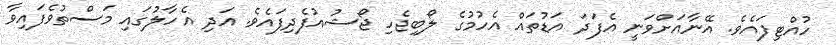
ހުއްޓިފައެވެ. އޭނާއަށްވަނީ އެފަދަ އަޑުތައް އެހުމުގެ ލޯބިޖެހި ޖޯޝުއުފެދިފައެވެ. އަދި އެހާލުގައި މަސްތުވެފައިވާ